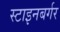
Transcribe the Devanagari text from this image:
स्टाइनबर्गर